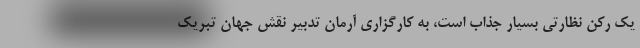
یک رکن نظارتی بسیار جذاب است، به کارگزاری آرمان تدبیر نقش جهان تبریک